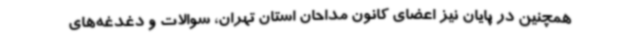
همچنین در پایان نیز اعضای کانون مداحان استان تهران، سوالات و دغدغه‌های